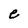
Character: e